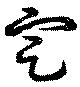
定